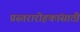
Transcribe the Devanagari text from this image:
प्रस्तरारोहकांसाठी